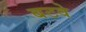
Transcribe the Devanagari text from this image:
बटवे